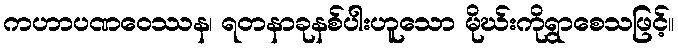
ကဟာပဏဝေဿန၊ ရတနာခုနစ်ပါးဟူသော မိုဃ်းကိုရွာစေသဖြင့်။